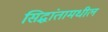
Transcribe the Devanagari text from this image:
सिद्धांतामधील